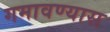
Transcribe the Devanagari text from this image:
गमावण्यास